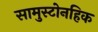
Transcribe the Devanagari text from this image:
सामुस्टोनहिक